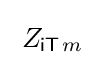
\;Z_{{\mathsf {iT}}\!\;m}~